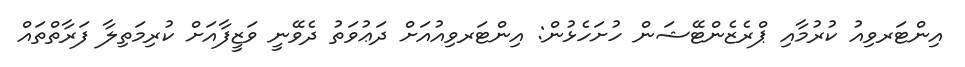
އިންޓަރވިއު ކުރުމާއި ޕްރެޒެންޓޭޝަން ހުށަހެޅުން: އިންޓަރވިއުއަށް ދަޢުވަތު ދެވޭނީ ވަޒީފާއަށް ކުރިމަތިލާ ފަރާތްތައް